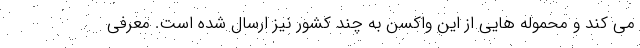
می کند و محموله هایی از این واکسن به چند کشور نیز ارسال شده است. معرفی